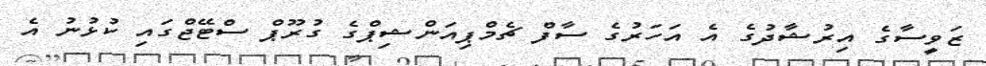
ޒަވީސާގެ އިރުޝާދުގެ އެ އަހަރުގެ ސާފް ޗެމްޕިއަންޝިޕްގެ ގުރޫޕް ސްޓޭޖްގައި ކުޅުނު އެ